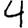
Digit: 4